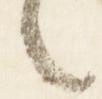
言